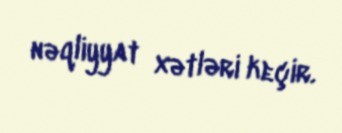
nəqliyyat xətləri keçir.